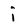
Character: j